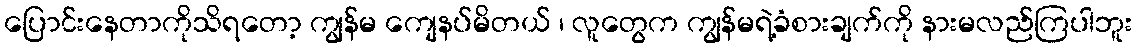
ပြောင်းနေတာကိုသိရတော့ ကျွန်မ ကျေနပ်မိတယ် ၊ လူတွေက ကျွန်မရဲ့ခံစားချက်ကို နားမလည်ကြပါဘူး